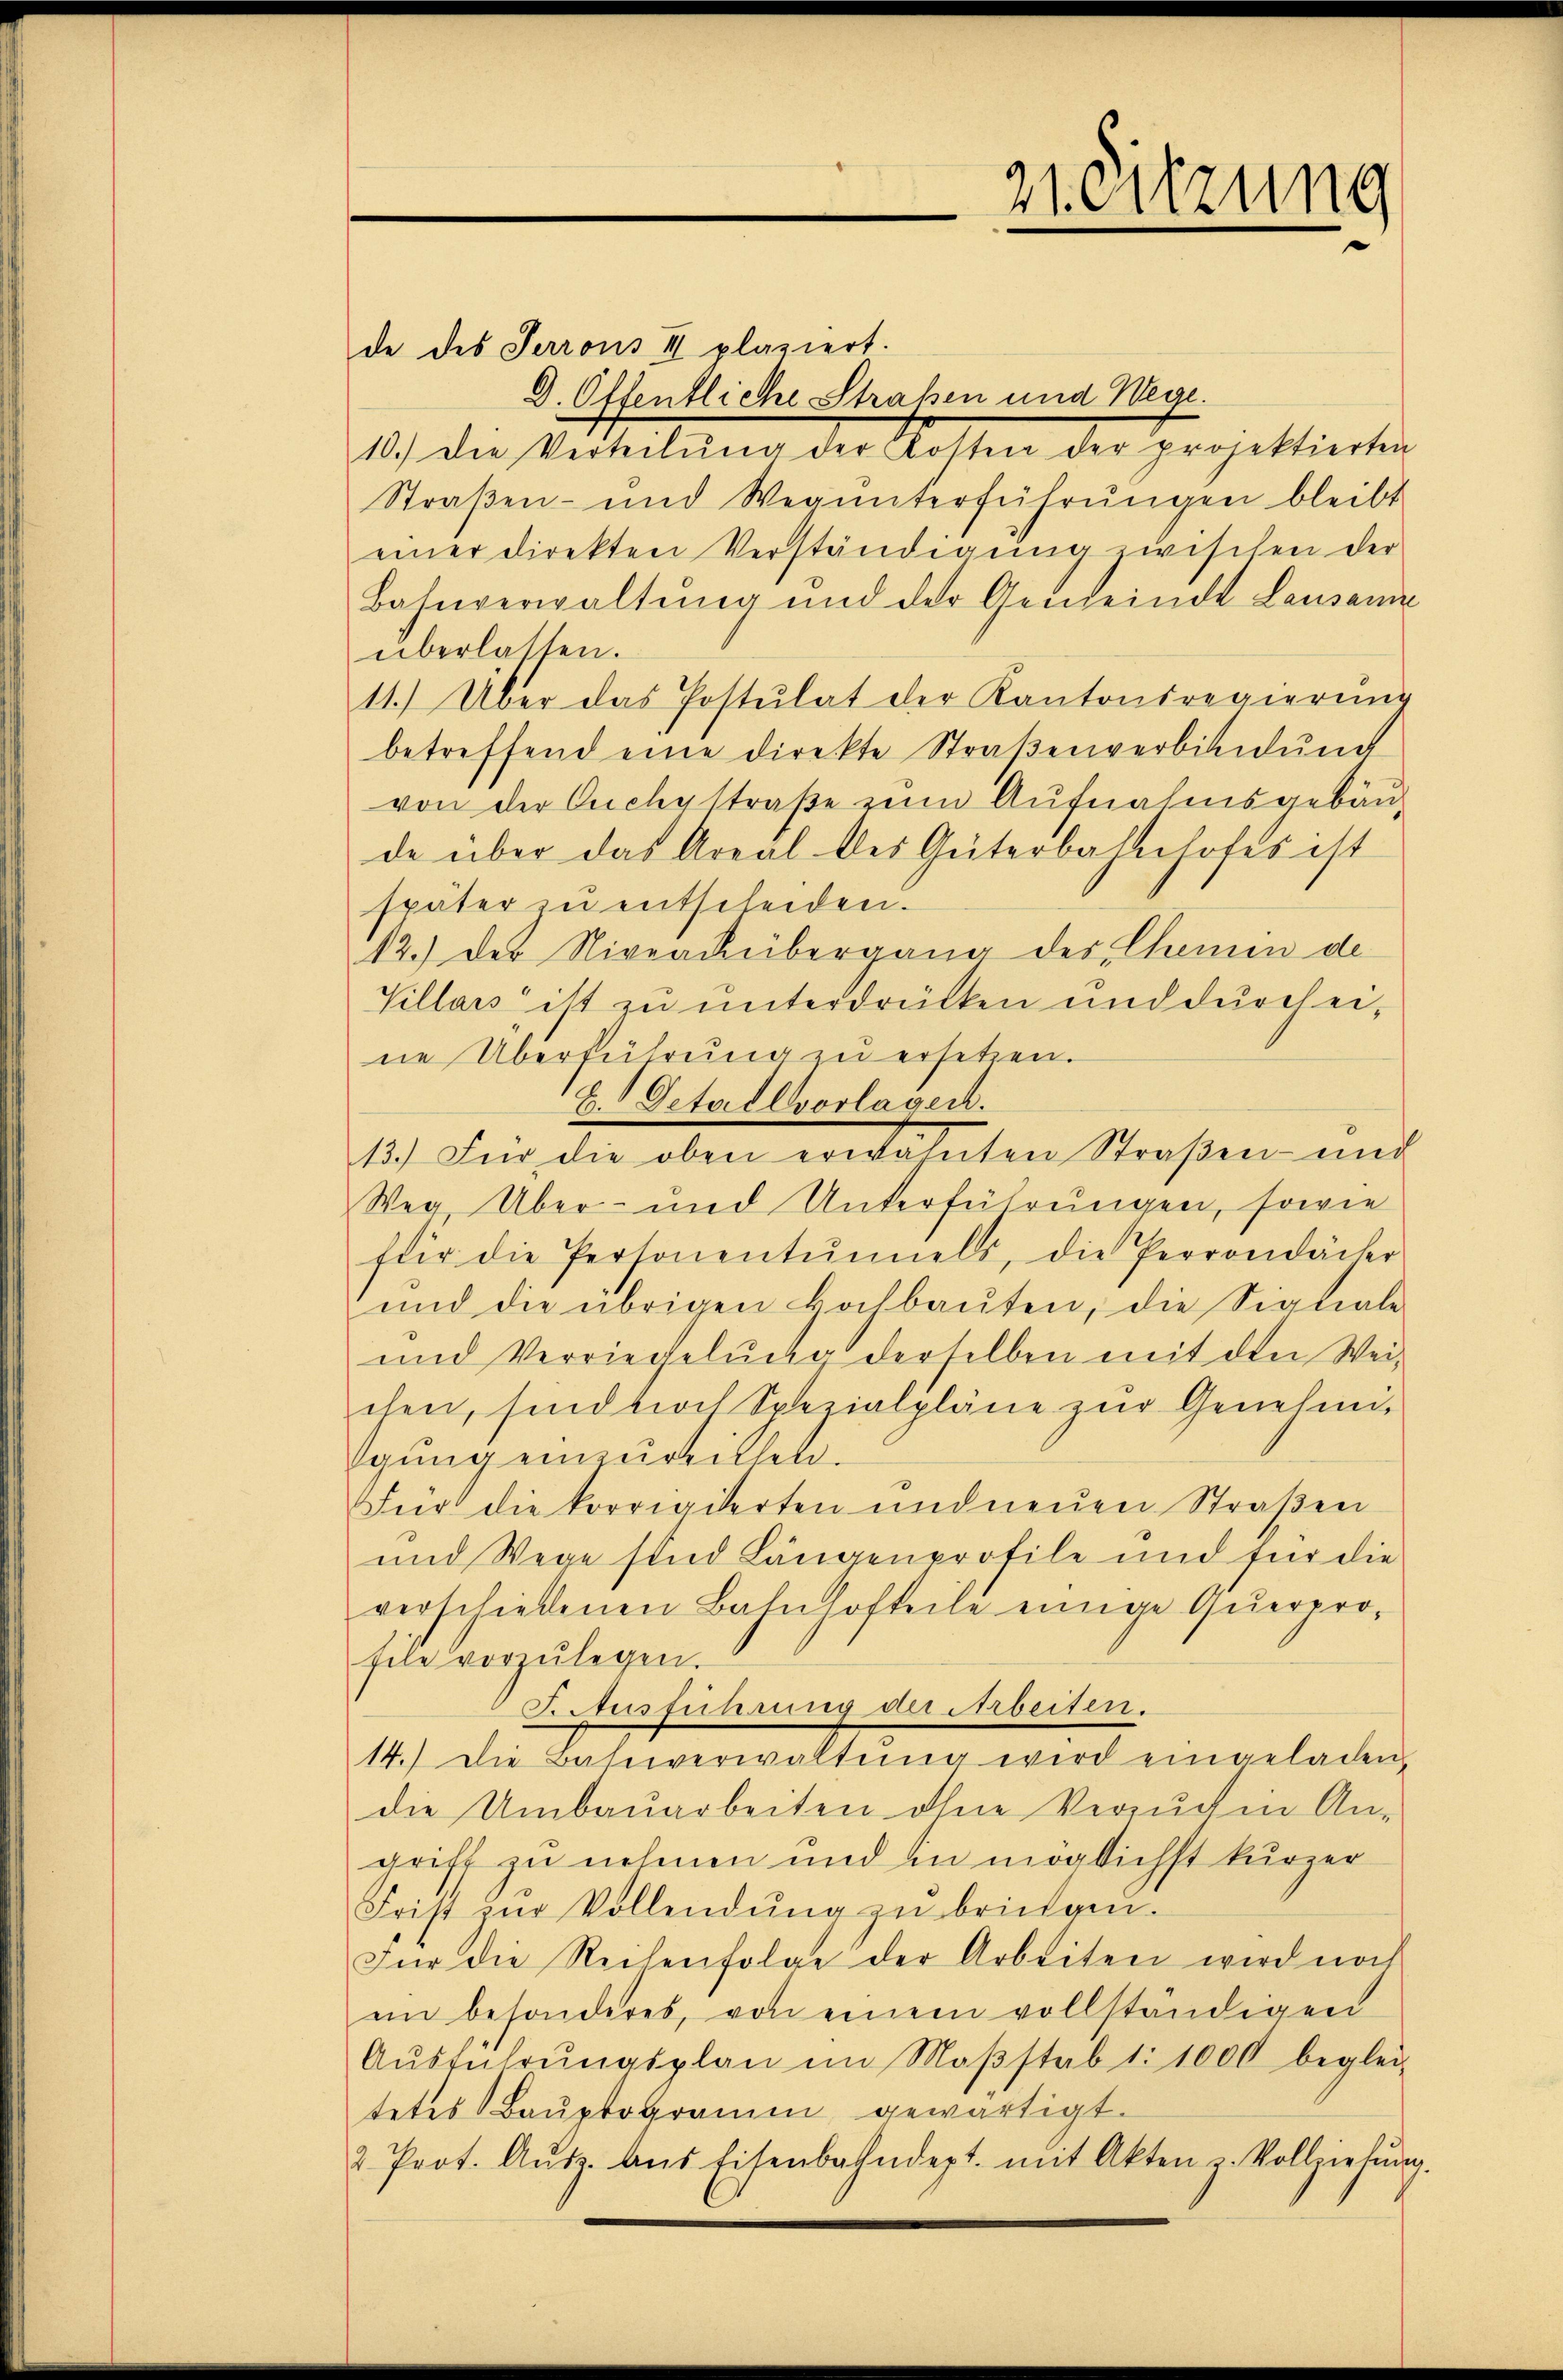
21. Sitzung

de des Serrons II plaziert.
D. Öffentliche Straßen und Wege.
10.) Die Verteilŭng der Rotten der projektierten
Straßen- und Wegŭnterführŭngen bleibt
einer direkten Verständigŭng zwischen der
Bahnverwaltung und der Gemeinde Lausanne
überlassen.
11.) Über das Postulat der Kantonsregierŭng
betreffend eine direkte Straβenverbindŭng
von der Ouchystraße zum Aufnahmsgebäu-
de über das Areal des Güterbahnhofes ist
später zu entscheiden.
12.) Der Niveackübergang des Chemen de
Villais ist zu unterdrücken und durch eine Überführung zu ersetzen.
B. Detailvorlagen.
1.) Der die oben wordetenten Straßen mit
Weg, Über- und Unterführungen, sowie
für die Personentŭnels, die Perrondächer
und die übrigen Hochbaŭten, die Sigliale
und Verriedelung derselben mit den Weichen, sind noch Spezialpläne zur Genehmigung einzureillen.
Für die korrigierten und neŭen Straβen
und Wege sind Längenprofile und für die
verschiedenen Bahnhofteile einige Querprofele vorzŭlegen.
F. Ausführung der Arbeiten.
14.) Die Bahnverwaltŭng wird eingeladen,
die Umbaŭarbeiten ohne Versuchen An-
griff zu nehmen und in möglichst kurzer
Frist zŭr Vollendŭng zŭ bringen.
Für die Reihenfolge der Arbeiten wird noch
im besonderes, von einem vollständigen
Aŭsführŭngsplan im Maβstab 1:1000 beglei-
tetes Baŭptogramm gewärtigt.
2. Prot. Aŭsz. aus Eisenbahndept. mit Akten u. Vollziehŭng